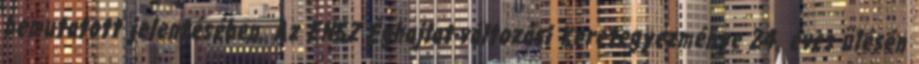
bemutatott jelentésében. Az ENSZ Éghajlat-változási Keretegyezménye 24. éves ülésén